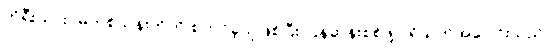
ကိုရီးယားဝမ်တစ်သန်းတိတိ စတင်ခဲ့သူဖြစ်ပြီး ပြန်ဆန်းစစ်ဖို့ ပရိသတ်အပေါင်းသည်